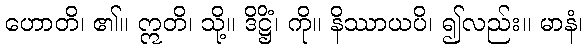
ဟောတိ၊ ၏။ ဣတိ၊ သို့။ ဒိဋ္ဌိံ၊ ကို။ နိဿာယပိ၊ ၍လည်း။ မာနံ၊